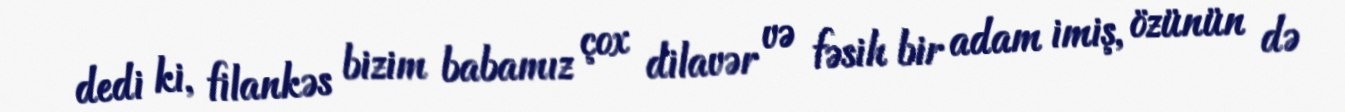
dedi ki, filankəs bizim babamız çox dilavər və fəsih bir adam imiş, özünün də